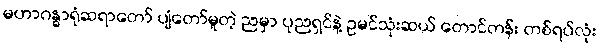
မဟာဂန္ဓာရုံဆရာတော် ပျံတော်မူတဲ့ ညမှာ ပုညရှင်နဲ့ ဥမင်သုံးဆယ် တောင်တန်း တစ်ရပ်လုံး